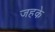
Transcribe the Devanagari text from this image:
जहके